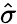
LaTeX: \hat{\sigma}